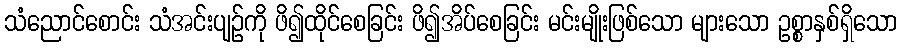
သံညောင်စောင်း သံအင်းပျဉ်ကို ဖိ၍ထိုင်စေခြင်း ဖိ၍အိပ်စေခြင်း မင်းမျိုးဖြစ်သော များသော ဥစ္စာနှစ်ရှိသော